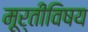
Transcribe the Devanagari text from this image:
मूर्तीविषय